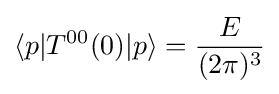
\langle p|T^{00}(0)|p\rangle ={\frac {E}{(2\pi )^{3}}}